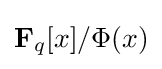
\mathbf {F} _{q}[x]/\Phi (x)